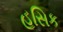
હૂસિક